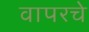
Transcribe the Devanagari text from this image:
वापरचे